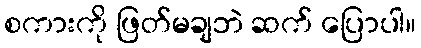
စကားကို ဖြတ်မချဘဲ ဆက် ပြောပါ။